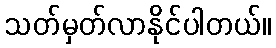
သတ်မှတ်လာနိုင်ပါတယ်။